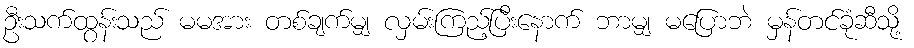
ဦးသက်ထွန်းသည် မမအား တစ်ချက်မျှ လှမ်းကြည့်ပြီးနောက် ဘာမျှ မပြောဘဲ မှန်တင်ခုံဆီသို့